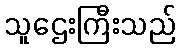
သူဌေးကြီးသည်